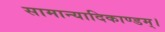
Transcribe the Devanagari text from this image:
सामान्यादिकाण्डम्।